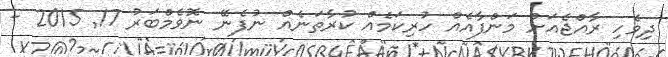
ދިވެހި ރާއްޖެއަށް މަންފާއެއް ހުރިކަމެއް ކުރާތަނެއް ނުފެނޭ ނޮވެމްބަރު 17